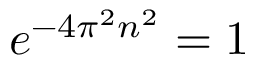
e ^ { - 4 \pi ^ { 2 } n ^ { 2 } } = 1 \qquad